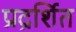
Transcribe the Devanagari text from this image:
प्रद्रर्शित